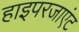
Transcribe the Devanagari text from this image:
हाइपरजाएंट